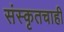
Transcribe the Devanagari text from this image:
संस्कृतचाही